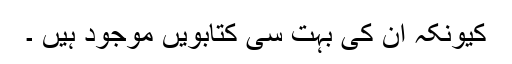
کیونکہ ان کی بہت سی کتابویں موجود ہیں ۔